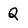
Character: Q